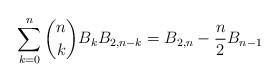
LaTeX: \begin{align*} \sum\limits_{k = 0}^n \binom{n}{k} B_k B_{2,n - k} = B_{2,n} - \frac{n}{2} B_{n - 1} \end{align*}